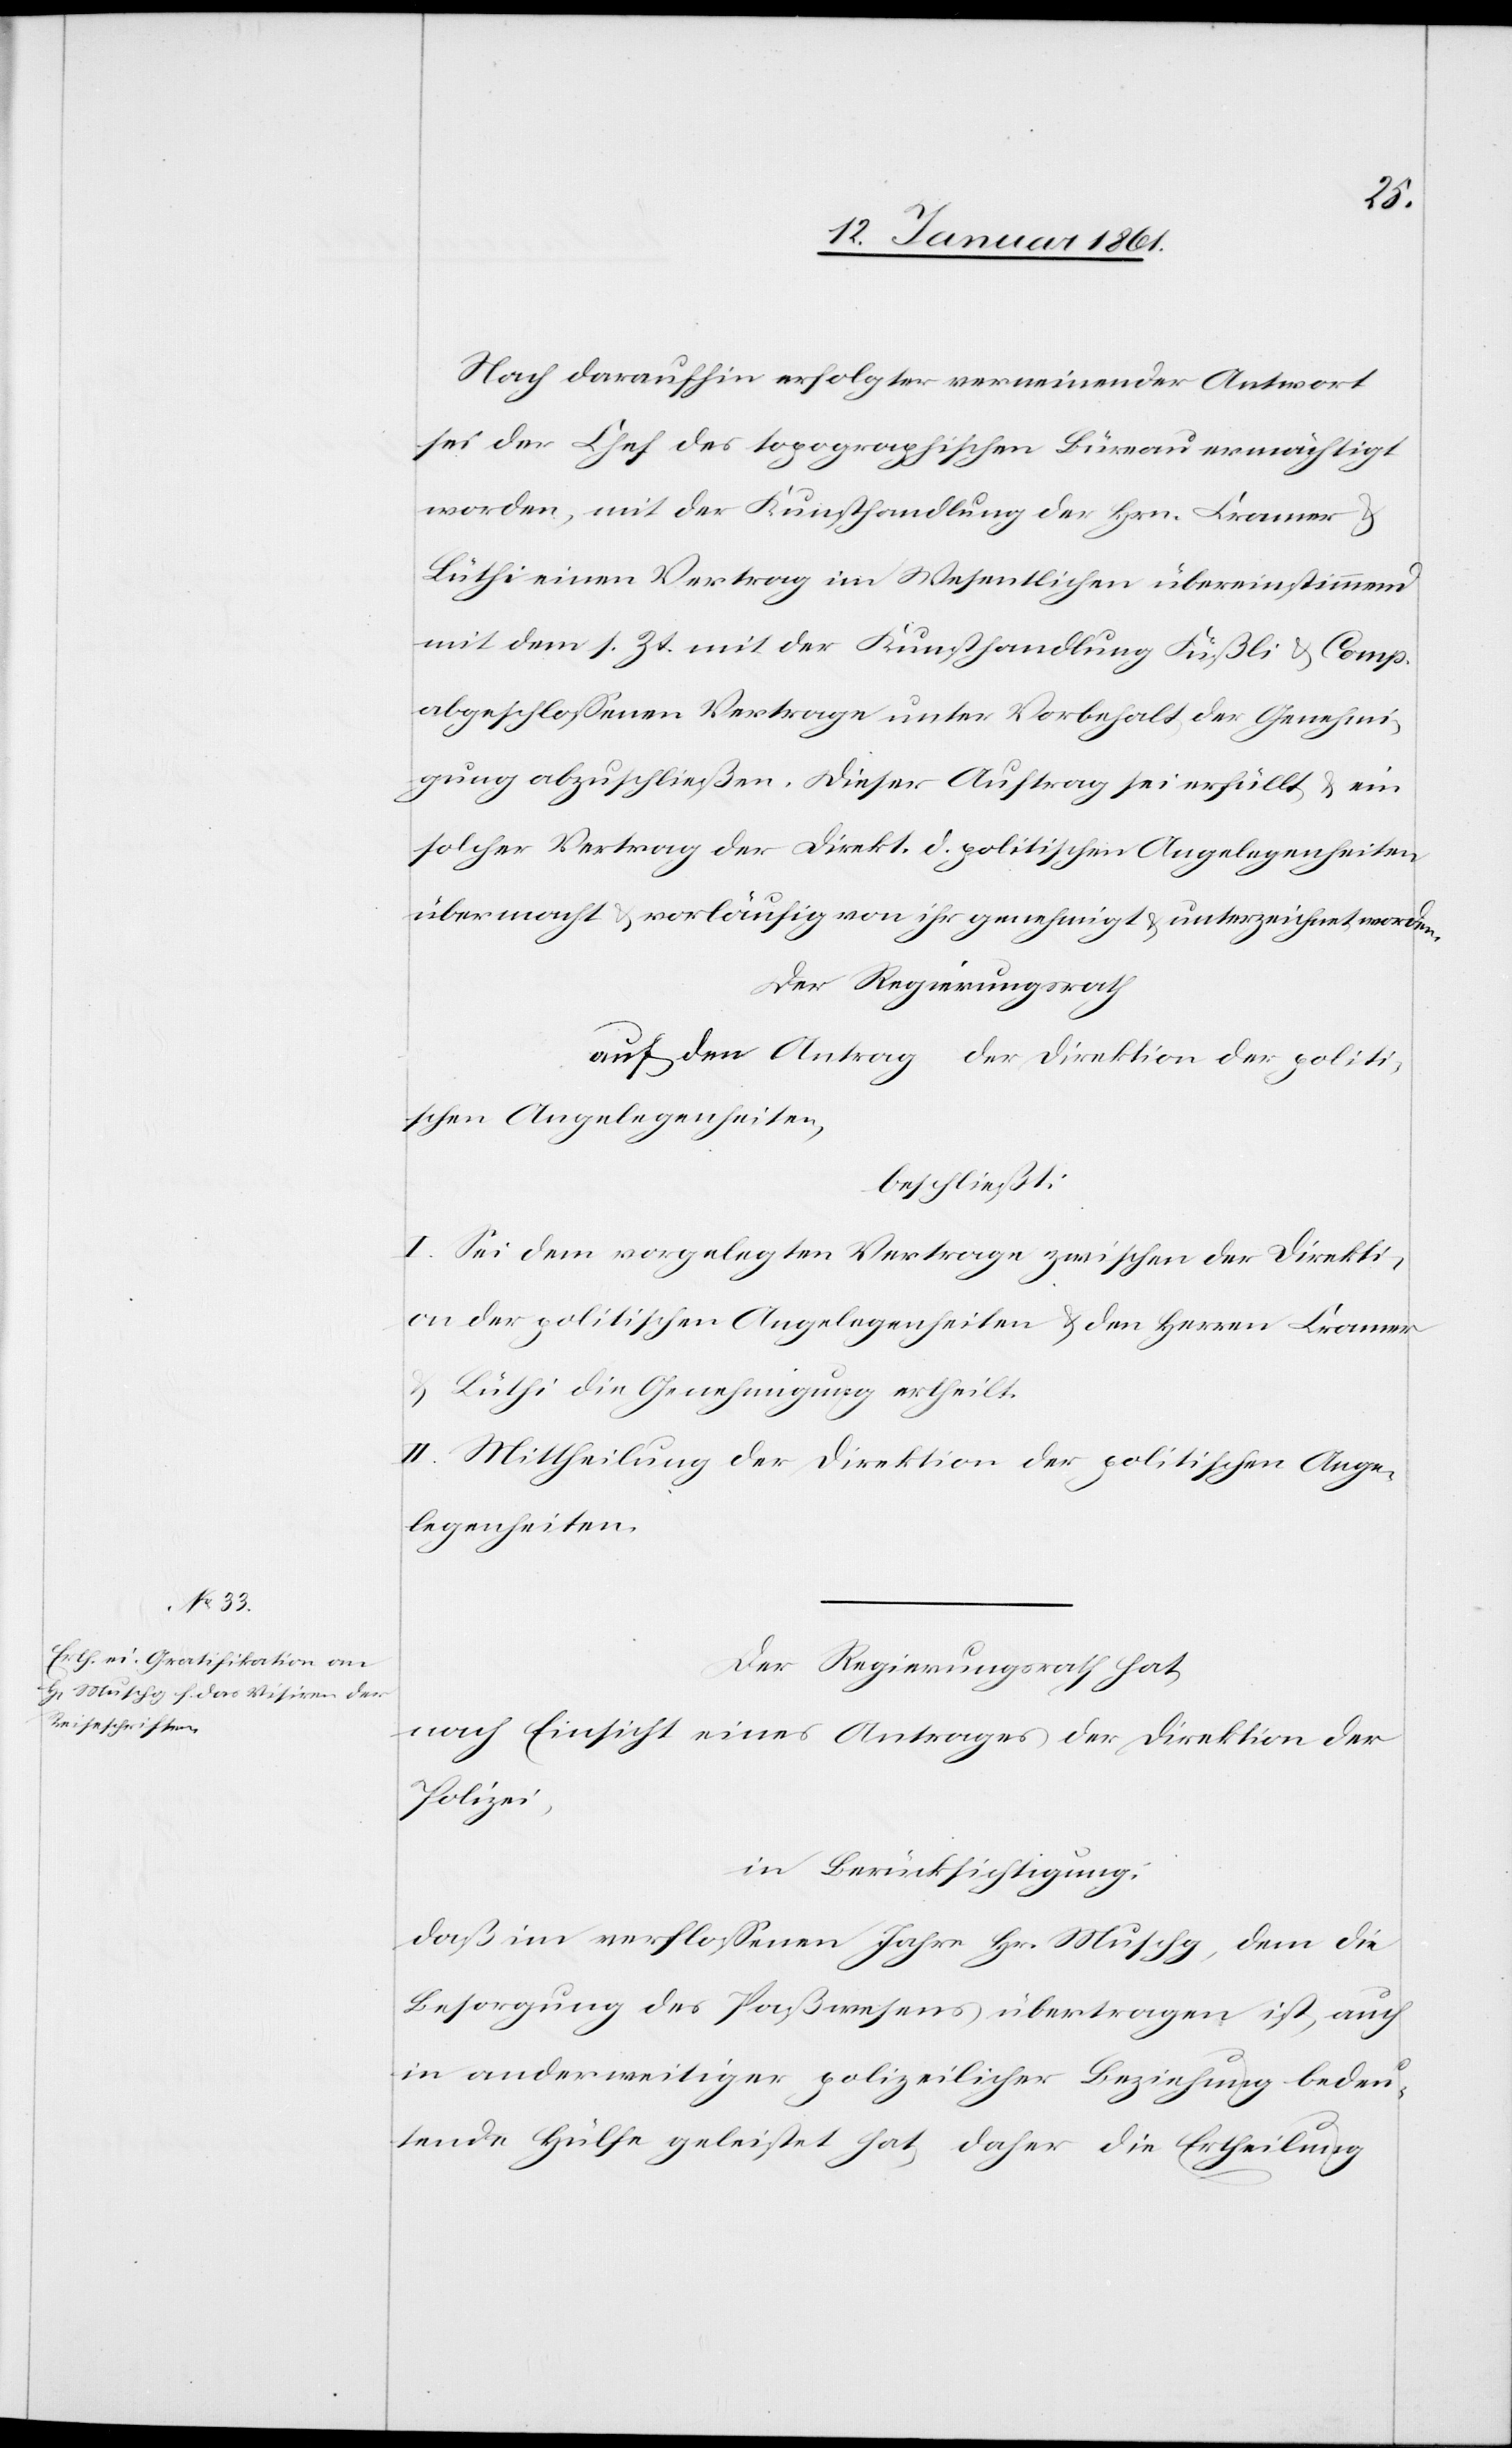
Nach daraufhin erfolgter verneinender Antwort
sei der Chef des topographischen Büreau ermächtigt
worden, mit der Kunsthandlung der Hrn. Cramer &
Lüthi einen Vertrag im Wesentlichen übereinstimmend
mit dem s. Zt. mit der Kunsthandlung Füßli & Comp.
abgeschlossenen Vertrage unter Vorbehalt der Genehmi¬
gung abzuschließen. Dieser Auftrag sei erfüllt u. ein
solcher Vertrag der Direkt. d. politischen Angelegenheiten
übermacht u. vorläufig von ihr genehmigt u. unterzeichnet worden.
Der Regierungsrath
auf den Antrag der Direktion der politi¬
schen Angelegenheiten,
beschließt:
I. Sei dem vorgelegten Vertrage zwischen der Direkti¬
on der politischen Angelegenheiten u. den Herren Cramer
u. Lüthi die Genehmigung ertheilt.
II. Mittheilung der Direktion der politischen Ange¬
legenheiten.
Der Regierungsrath hat,
nach Einsicht eines Antrages der Direktion der
Polizei,
in Berücksichtigung:
daß im verflossenen Jahr Hr. Muschg, dem die
Besorgung des Paßwesens übertragen ist, auch
in anderweitiger polizeilicher Beziehung bedeu¬
tende Hülfe geleistet hat, daher die Ertheilung